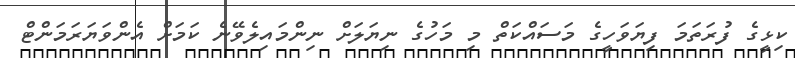
ކިޅީގެ ފުރަތަމަ ފިޔަވަހީގެ މަސައްކަތް މި މަހުގެ ނިޔަލަށް ނިންމައިލެވޭނެ ކަމަށް އެންވަޔަރަމަންޓް